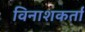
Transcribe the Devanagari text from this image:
विनाशकर्ता